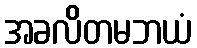
အခလိတမဘယံ